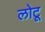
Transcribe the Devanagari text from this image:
लोटू